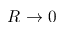
R \rightarrow 0